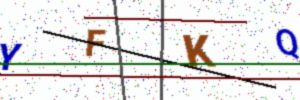
Text: YFKQ